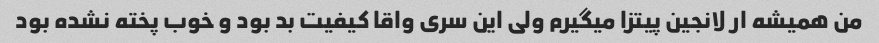
من همیشه ار لانجین پیتزا میگیرم ولی این سری واقا کیفیت بد بود و خوب پخته نشده بود